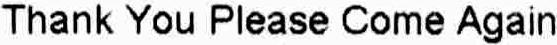
THANK YOU PLEASE COME AGAIN